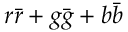
r \bar { r } + g \bar { g } + b \bar { b }